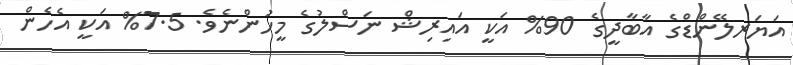
އަޔަރލޭންޑްގެ އާބާދީގެ 90% އަކީ އައިރިޝް ނަސްލުގެ މީހުންނެވެ. 7.5% އަކީ އެހެން